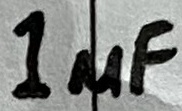
Text: 1µF